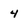
Character: 4